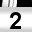
Digit: 2